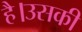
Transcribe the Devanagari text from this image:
है।उसकी